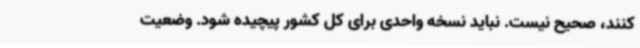
کنند، صحیح نیست. نباید نسخه واحدی برای کل کشور پیچیده شود. وضعیت